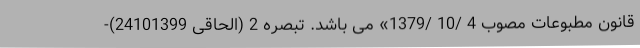
قانون مطبوعات مصوب 4 /10 /1379» می ‌باشد. تبصره 2 (الحاقی 24101399)-